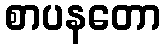
စာပနတော